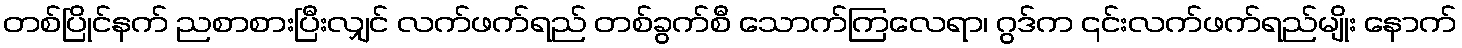
တစ်ပြိုင်နက် ညစာစားပြီးလျှင် လက်ဖက်ရည် တစ်ခွက်စီ သောက်ကြလေရာ၊ ဂွဒ်က ၎င်းလက်ဖက်ရည်မျိုး နောက်